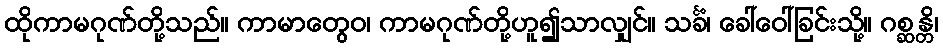
ထိုကာမဂုဏ်တို့သည်။ ကာမာတွေဝ၊ ကာမဂုဏ်တို့ဟူ၍သာလျှင်။ သင်္ခံ၊ ခေါ်ဝေါ်ခြင်းသို့။ ဂစ္ဆန္တိ၊